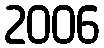
2006